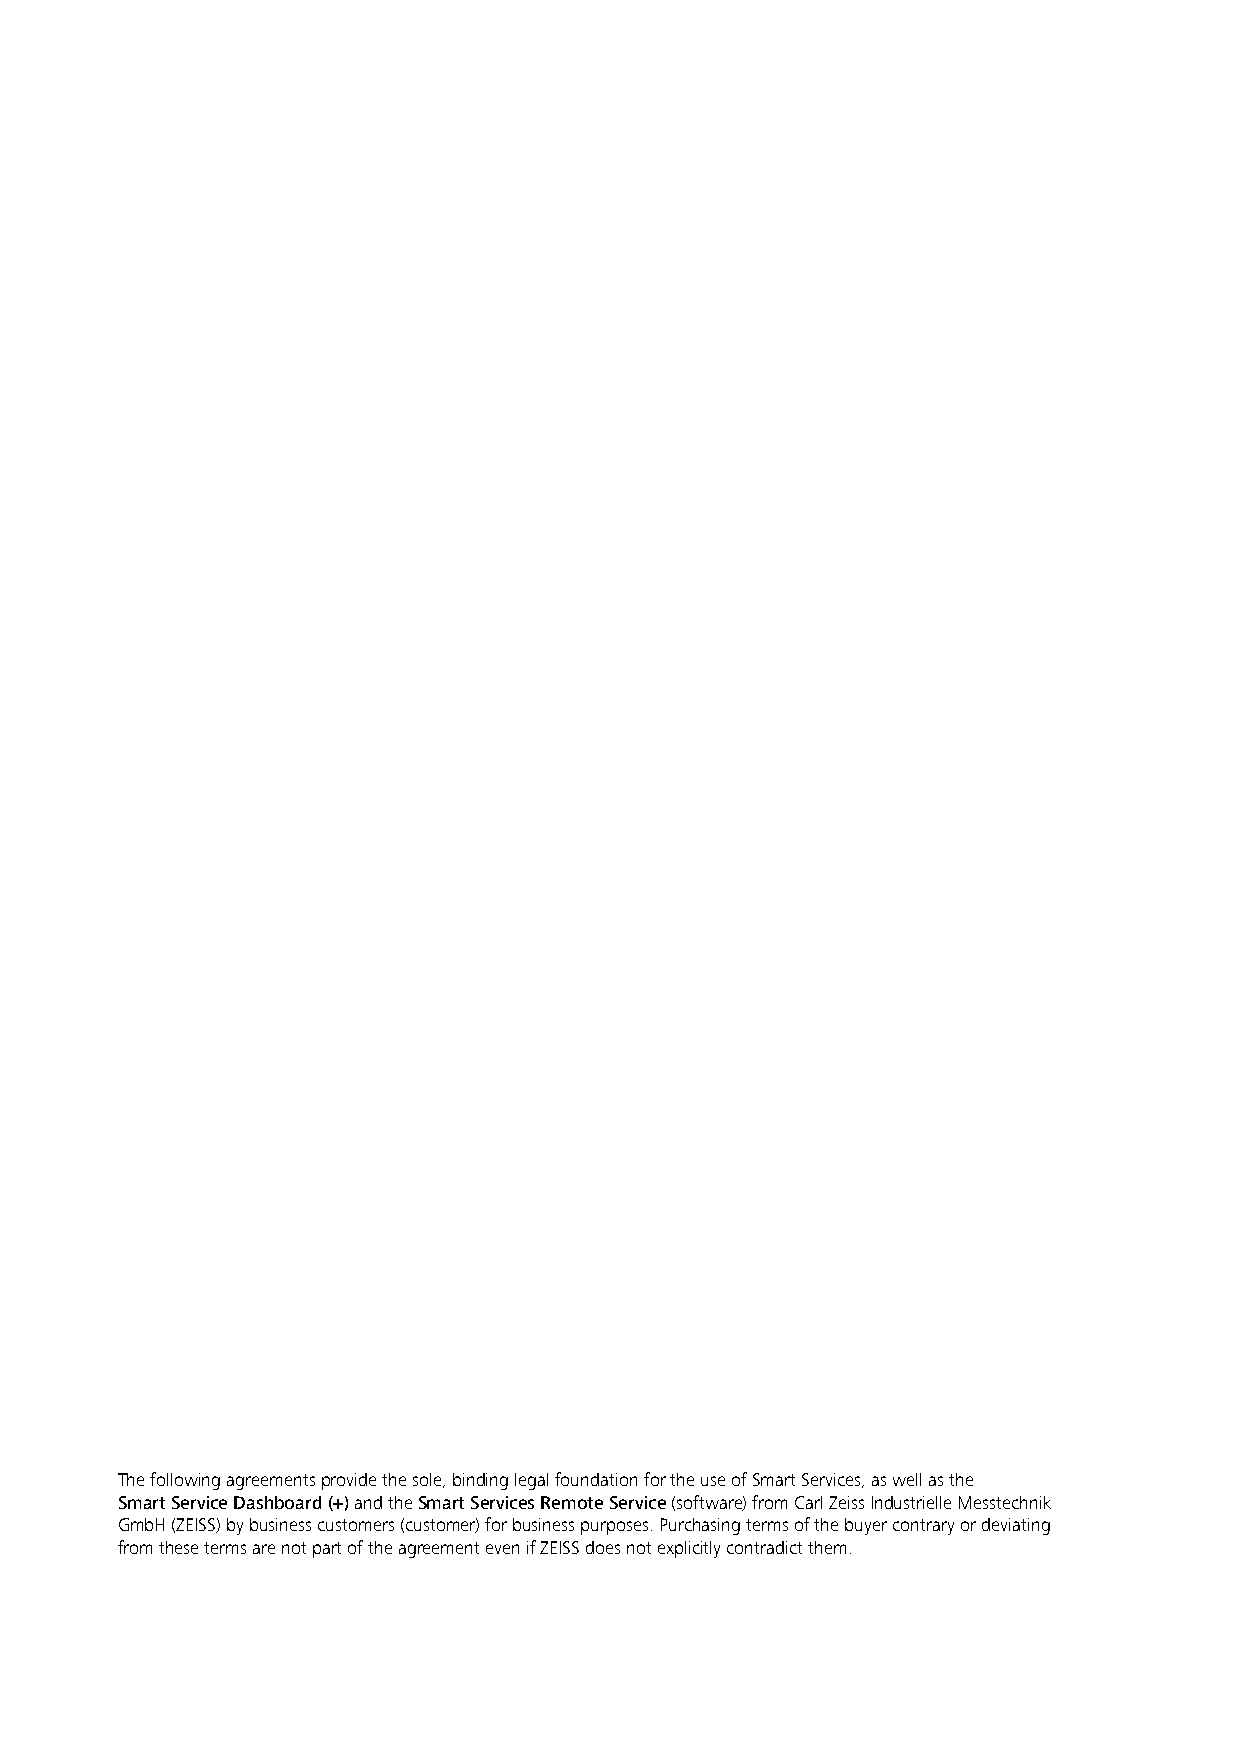
The following agreements provide the sole, binding legal foundation for the use of Smart Services, as well as the
 Smart Service Dashboard (+) and the Smart Services Remote Service (software) from Carl Zeiss Industrielle Messtechnik
 GmbH (ZEISS) by business customers (customer) for business purposes. Purchasing terms of the buyer contrary or deviating
 from these terms are not part of the agreement even if ZEISS does not explicitly contradict them.